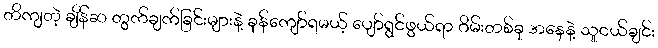
တိကျတဲ့ ချိန်ဆ တွက်ချက်ခြင်းများနဲ့ ခုန်ကျော်ရမယ့် ပျော်ရွင်ဖွယ်ရာ ဂိမ်းတစ်ခု အနေနဲ့ သူငယ်ချင်း